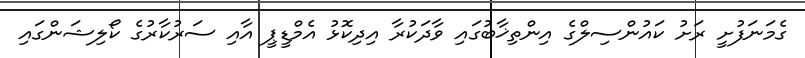
ގެމަނަފުށީ ރަށު ކައުންސިލްގެ އިންތިޚާބުގައި ވާދަކުރާ އިދިކޮޅު އެމްޑީޕީ އާއި ސަރުކާރުގެ ކޯލިޝަންގައި